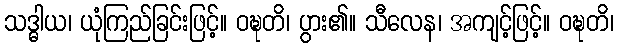
သဒ္ဓါယ၊ ယုံကြည်ခြင်းဖြင့်။ ဝဍ္ဎတိ၊ ပွား၏။ သီလေန၊ အကျင့်ဖြင့်။ ဝဍ္ဎတိ၊